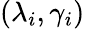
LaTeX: (\lambda_{i},\gamma_{i})